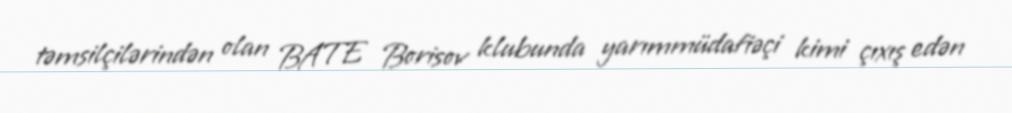
təmsilçilərindən olan BATE Borisov klubunda yarımmüdafiəçi kimi çıxış edən